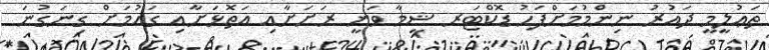
ތަޢުލީމީ ދައުރު ނިންމުމަށްފަހު ޑޮކްޓަރ ޝީމާ ވަނީ ރަށަށާއި އަތޮޅަށާއި ގައުމަށް ގިނަގުނަ